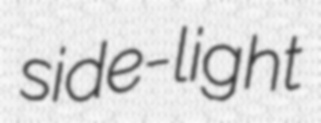
side-light